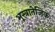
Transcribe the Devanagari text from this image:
भूस्त्रातेजिक